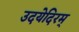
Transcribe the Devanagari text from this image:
उदयेदिरम्